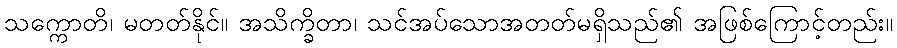
သက္ကောတိ၊ မတတ်နိုင်။ အသိက္ခိတာ၊ သင်အပ်သောအတတ်မရှိသည်၏ အဖြစ်ကြောင့်တည်း။